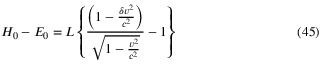
H _ { 0 } - E _ { 0 } = L \left\{ \frac { \left( 1 - \frac { \delta v ^ { 2 } } { c ^ { 2 } } \right) } { \sqrt { 1 - \frac { v ^ { 2 } } { c ^ { 2 } } } } - 1 \right\} \eqno ( 4 5 )